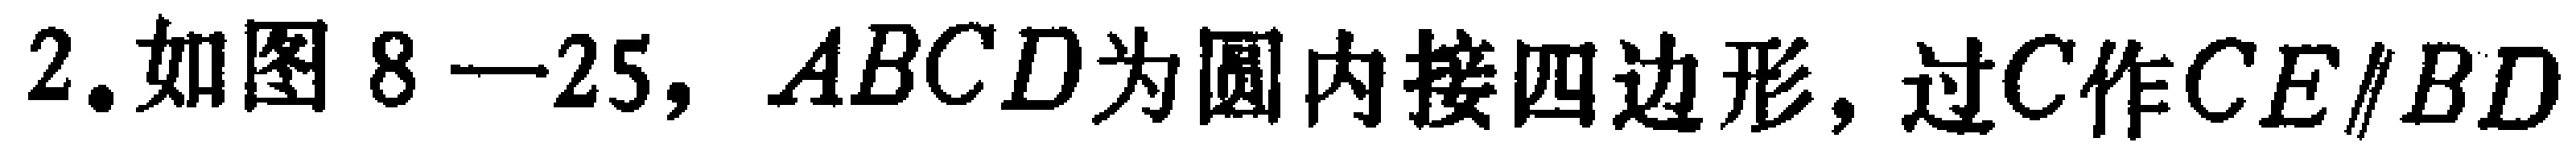
2. 如图8—25，$ABCD$为圆内接四边形，过$C$作$CE\parallel BD$